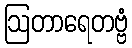
ဩတာရေတဗ္ဗံ